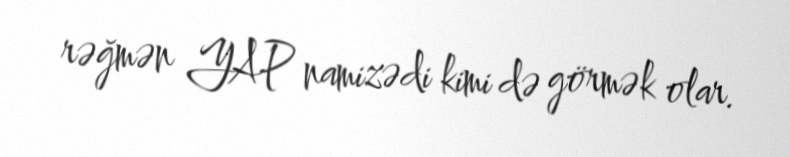
rəğmən YAP namizədi kimi də görmək olar.